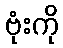
ဗုံးကို